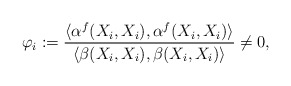
\begin{align*} \varphi_i:=\frac{\langle\alpha^f(X_i,X_i),\alpha^f(X_i,X_i)\rangle}{\langle \beta(X_i,X_i),\beta(X_i,X_i)\rangle}\neq 0,\end{align*}